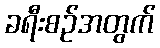
ခရီးစဉ်အတွက်